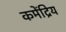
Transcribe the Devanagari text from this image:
कमेंद्रिय